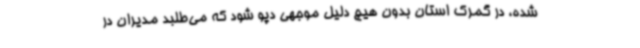
شده، در گمرک استان بدون هیچ دلیل موجهی دپو شود که می‌طلبد مدیران در